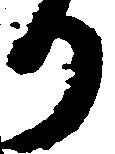
り